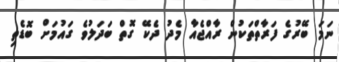
ނަމަ ބޭރުގެ ފަރާތްތަކުން ރާއްޖެއާ މެދު ދެކޭ ގޮތް ބަދަލުވެ ގައުމަށް ބޮޑެތި